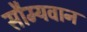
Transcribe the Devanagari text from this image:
सौम्यवान